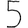
Digit: 5